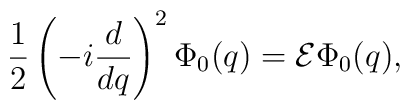
\frac{1}{2} \left(-i\frac{d}{dq}\right)^2\Phi_0(q) = {\cal E}\Phi_0(q),